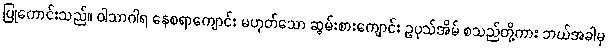
ပြုကောင်းသည်။ ဝါသာဂါရ နေစရာကျောင်း မဟုတ်သော ဆွမ်းစားကျောင်း ဥပုသ်အိမ် စသည်တို့ကား ဘယ်အခါမှ